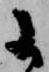
于